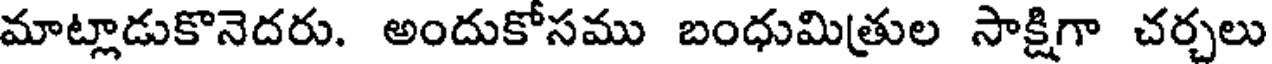
మాట్లాడుకొనెదరు. అందుకోసము బంధుమిత్రుల సాక్షిగా చర్చలు